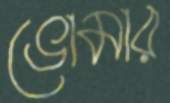
ভোমার